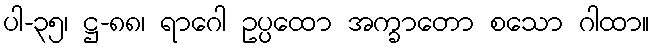
ပါ-၃၅၊ ဋ္ဌ-၈၈၊ ရာဂေါ ဥပ္ပထော အက္ခာတော စသော ဂါထာ။